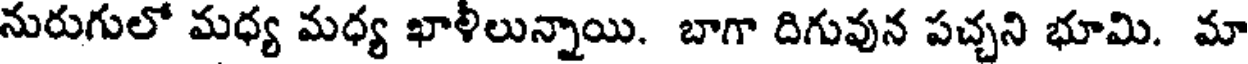
నురుగులో మధ్య మధ్య ఖాళీలున్నాయి. బాగా దిగువున పచ్చని భూమి. మా